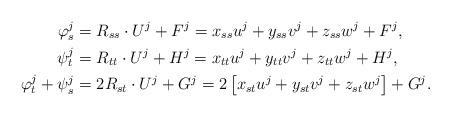
LaTeX: \begin{align*}\varphi_{s}^{j} &= R_{ss} \cdot U^{j} + F^{j} = x_{ss}u^{j} + y_{ss} v^{j} + z_{ss} w^{j} + F^{j}, \\\psi_{t}^{j} &= R_{tt} \cdot U^{j} + H^{j} = x_{tt}u^{j} + y_{tt} v^{j} + z_{tt} w^{j} + H^{j}, \\\varphi_{t}^{j} + \psi_{s}^{j}&= 2 R_{st} \cdot U^{j} + G^{j} = 2 \left[x_{st}u^{j} + y_{st} v^{j} + z_{st} w^{j} \right] + G^{j}. \end{align*}